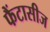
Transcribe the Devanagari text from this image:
फैंटासीज